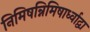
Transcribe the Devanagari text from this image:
निमिषन्निमिषार्ध्वाद्वा